Report of the Indian Hemp Drugs Commission, 1894-1895 - Volume VI
Year: 1894
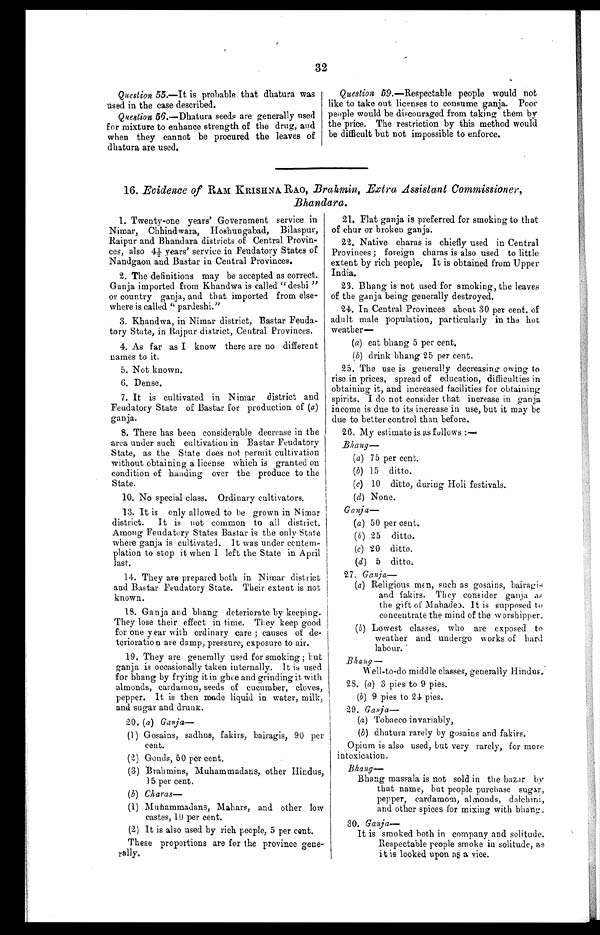
32
Question. 55.—It is probable that dhatura was
used in the case described.
Question 56.—Dhatura seeds are generally used
for mixture to enhance strength of the drug, and
when they cannot be procured the leaves of
dhatura are used.
Question 59.—Respectable people would not
like to take out licenses to consume ganja. Poor
people would be discouraged from taking them by
the price. The restriction by this method would
be difficult but not impossible to enforce.
16. Evidence of RAM KRISHNA RAO, Brahmin, Extra Assistant Commissioner,
Bhandara.
1. Twenty-one years' Government service in
Nimar, Chhindwara, Hoshungabad, Bilaspur,
Raipur and Bhandara districts of Central Provin-
c e s , a l s o 4 1/ 2- ye a r s ' s e r vi c e i n Fe uda t or y St a t e s of
Nandgaon and Bastar in Central Provinces.
2. The definitions may be accepted as correct.
Ganja imported from Khandwa is called "deshi"
or country ganja, and that imported from else-
where is called " pardeshi."
3. Khandwa, in Nimar district, Bastar Feuda-
tory State, in Rajpur district, Central Provinces.
4. As far as I know there are no different
names to it.
5. Not known.
6. Dense.
7. It is cultivated in Nimar district and
Feudatory State of Bastar for production of (a)
ganja.
8. There has been considerable decrease in the
area under such cultivation in Bastar Feudatory
State, as the State does not permit cultivation
without obtaining a license which is granted on
condition of handing over the produce to the
State.
10. No special class. Ordinary cultivators.
13. It is only allowed to be grown in Nimar
district. It is not common to all district.
Among Feudatory States Bastar is the only State
where ganja is cultivated. It was under contem-
plation to stop it when 1 left the State in April
last.
14. They are prepared both in Nimar district
and Bastar Feudatory State. Their extent is not
known.
18. Ganja and bhang deteriorate by keeping.
They lose their effect in time. They keep good
for one y ear with ordinary care ; causes of de-
terioration are damp, pressure, exposure to air.
19. They are generally used for smoking ; but
ganja is occasionally taken internally. It is used
for bhang by frying it in ghee and grinding it with
almonds, cardamon, seeds of cucumber, cloves,
pepper. It is then made liquid in water, milk,
and sugar and drunk.
20. (a) Ganja—
(1) Gosains, sadhus, fakirs, bairagis, 90 per
cent.
(2) Gonds, 50 per cent,
(3) Brahmins, Muhammadans, other Hindus,
15 per cent.
(b) Charas
—
(1) Muhammadans, Mahars, and other low
castes, 10 per cent.
(2) It is also used by rich people, 5 per cent.
These proportions are for the province gene-
rally.
21. Flat ganja is preferred for smoking to that
of chur or broken ganja.
22. Native charas is chiefly used in Central
Provinces ; foreign charas is also used to little
extent by rich people. It is obtained from Upper
India.
23. Bhang is not used for smoking, the leaves
of the ganja being generally destroyed.
24. In Central Provinces about 30 per cent, of
adult male population, particularly in the hot
weather—
(a) eat bhang 5 per cent,
(b) drink bhang 25 per cent.
25. The use is generally decreasing owing to
rise in prices, spread of education, difficulties in
obtaining it, and increased facilities for obtaining
spirits. I do not consider that increase in ganja
income is due to its increase in use, but it may be
due to better control than before.
26. My estimate is as follows—
Bhang—
(a) 75 per cent.
(b) 15 ditto.
(c) 10 ditto, during Holi festivals.
(d) None.
Ganja—
(a) 50 per cent.
(b) 25 ditto.
(
c
) 20 ditto.
(
d
) 5 d i t t o .
27. Ganja—
(a) Religious men, such as gosains, bairagis
and fakirs. They consider ganja
the gift of Mahadeo. It is supposed to
concentrate the mind of the worshipper,
(b) Lowest classes, who are exposed to
weather and undergo works of hard
labour.
Bhang —
Well-to-do middle classes, generally Hindus.
28. (a) 3 pies to 9 pies.
(b) 9 pies to 24 pies.
29. Ganja—
(a) Tobacco invariably,
(b) dhatura rarely by gosains and fakirs.
Opium is also used, but very rarely, for more
intoxication.
Bhang —
B h a n g m a s s a l a i s n o t s o l d i n t h e b a z a r b y
that name, hut people purchase sugar,
pepper, cardamom, almonds, dalchini,
and other spices for mixing with bhang.
30. Ganja —
It is smoked both in company and solitude.
Respectable people smoke in solitude, as
it is looked upon as a vice.